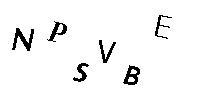
NPSVBE